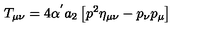
T _ { \mu \nu } = 4 \alpha ^ { ' } a _ { 2 } \left[ p ^ { 2 } \eta _ { \mu \nu } - p _ { \nu } p _ { \mu } \right]